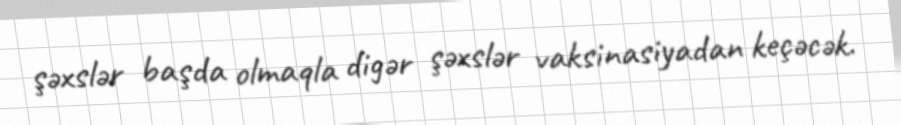
şəxslər başda olmaqla digər şəxslər vaksinasiyadan keçəcək.